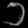
Digit: ၁